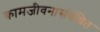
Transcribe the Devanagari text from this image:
कामजीवनासंबंधित